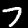
Label: 7